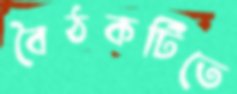
বৈঠকটিতে